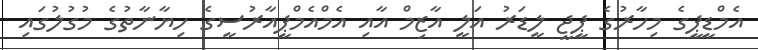
އެމްޑީޕީގެ މިހާރުގެ ޕީޖީ ލީޑަރު އަލީ އާޒިމް އާއި އެމްއެމްޕީއާރުސީގެ ހިޔާނާތުގެ މުގުލުގައި